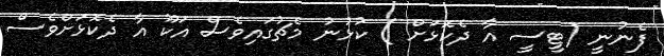
ފެނުނީ (ޓީސީ އާ ދެކޮޅަށް ) ކުޅުނު މެޗުގައިވެސް އަކޫ އާ ދެކޮޅަށްވެސް